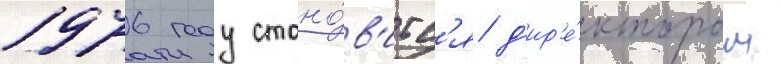
1976 году стано́в'итс'я д'ир'е́ктором